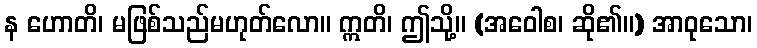
န ဟောတိ၊ မဖြစ်သည်မဟုတ်လော။ ဣတိ၊ ဤသို့။ (အဝေါစ၊ ဆို၏။) အာဝုသော၊